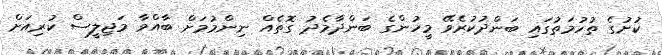
ކުށުގެ ތުހުމަތުގައި ބަންދުކުރެވޭ މީހުންގެ ބަންދާމެދު ގޮތެއް ނިންމުމަށް ބާއްވާ މަޖިލީސް ކުރިއަށް